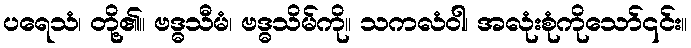
ပရေသံ၊ တို့၏။ ဗဒ္ဓသီမံ၊ ဗဒ္ဓသိမ်ကို။ သကလံဝါ၊ အလုံးစုံကိုသော်၎င်း။